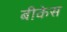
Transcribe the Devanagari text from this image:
बीकेस